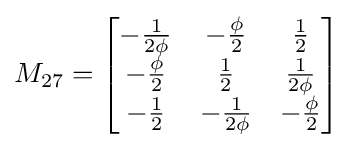
M_{27}={\begin{bmatrix}-{\frac {1}{2\phi }}&-{\frac {\phi }{2}}&{\frac {1}{2}}\\-{\frac {\phi }{2}}&{\frac {1}{2}}&{\frac {1}{2\phi }}\\-{\frac {1}{2}}&-{\frac {1}{2\phi }}&-{\frac {\phi }{2}}\end{bmatrix}}